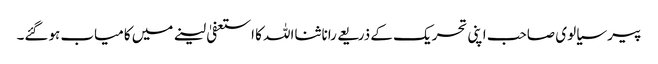
پیر سیالوی صاحب اپنی تحریک کے ذریعے رانا ثنااللہ کا استعفیٰ لینے میں کامیاب ہوگئے۔